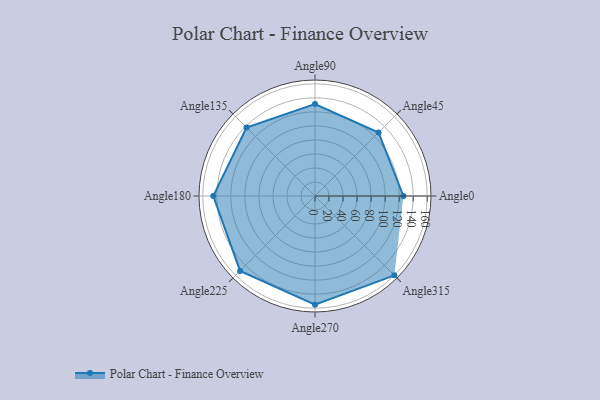
{"axis": {"x": "Angle", "y": "Radius"}, "legend": [""], "data": [{"x": "Angle0", "y": 126.0, "type": ""}, {"x": "Angle45", "y": 128.0, "type": ""}, {"x": "Angle90", "y": 131.0, "type": ""}, {"x": "Angle135", "y": 138.0, "type": ""}, {"x": "Angle180", "y": 145.0, "type": ""}, {"x": "Angle225", "y": 151.0, "type": ""}, {"x": "Angle270", "y": 155.0, "type": ""}, {"x": "Angle315", "y": 160.0, "type": ""}]}